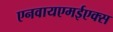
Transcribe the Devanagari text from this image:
एनवायएमईएक्स